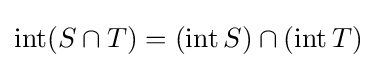
\operatorname {int} (S\cap T)=(\operatorname {int} S)\cap (\operatorname {int} T)